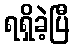
ရရှိခဲ့ပြီ